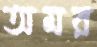
অমর